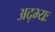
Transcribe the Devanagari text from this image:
अद्भ्यः